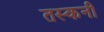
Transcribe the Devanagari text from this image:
तस्कनी